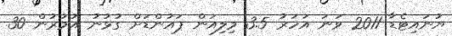
ޔުނައިޓެޑާ 2011 ވަނަ އަހަރު 3.5 މިލިއަން ޕައުންޑަށް ގުޅުނު އުމުރުން 30